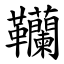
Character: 韊